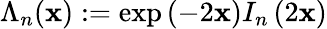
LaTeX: \Lambda_{n}(\mathbf{x}):=\exp\left(-2\mathbf{x}\right)I_{n}\left(2\mathbf{x}\right)